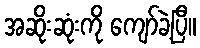
အဆိုးဆုံးကို ကျော်ခဲ့ပြီ။